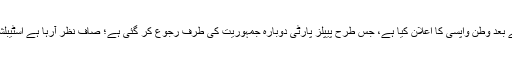
جس طرح نواز شریف نے سزا کے بعد وطن واپسی کا اعلان کیا ہے، جس طرح پیپلز پارٹی دوبارہ جمہوریت کی طرف رجوع کر گئی ہے؛ صاف نظر آرہا ہے اسٹیبلشمنٹ ہاری ہوئی جنگ لڑ رہی ہے۔